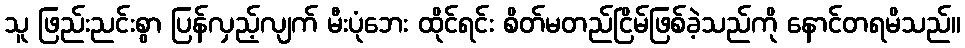
သူ ဖြည်းညင်းစွာ ပြန်လှည့်လျက် မီးပုံဘေး ထိုင်ရင်း စိတ်မတည်ငြိမ်ဖြစ်ခဲ့သည်ကို နောင်တရမိသည်။